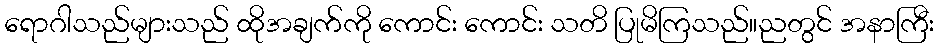
ရောဂါသည်များသည် ထိုအချက်ကို ကောင်း ကောင်း သတိ ပြုမိကြသည်။ညတွင် အနာကြီး